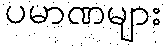
ပမာဏများ